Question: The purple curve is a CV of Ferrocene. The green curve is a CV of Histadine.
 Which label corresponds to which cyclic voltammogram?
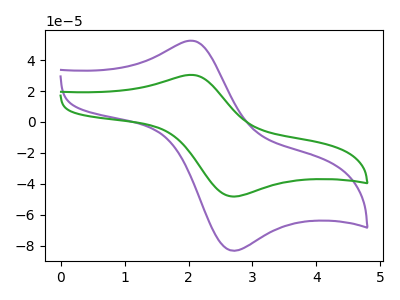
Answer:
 <answer>The purple curve is labeled "Ferrocene". The green curve is labeled "Histadine".</answer>
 <eval></eval>